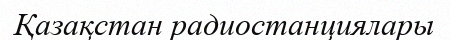
Қазақстан радиостанциялары